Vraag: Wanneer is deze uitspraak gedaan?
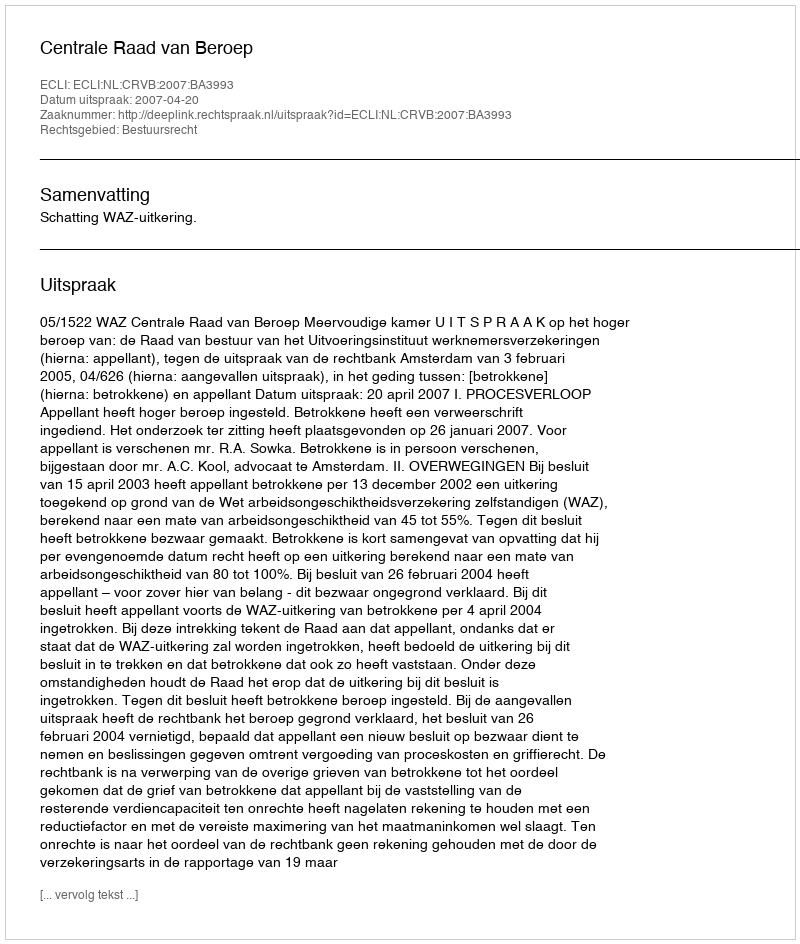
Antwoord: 2007-04-20